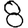
Digit: 8